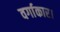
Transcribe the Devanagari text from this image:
वर्गाकार।